Reports on military cantonments and civil stations in the Presidency of Bombay inspected by the Sanitary Commissioner in the years 1875 and 1876
Year: 1875
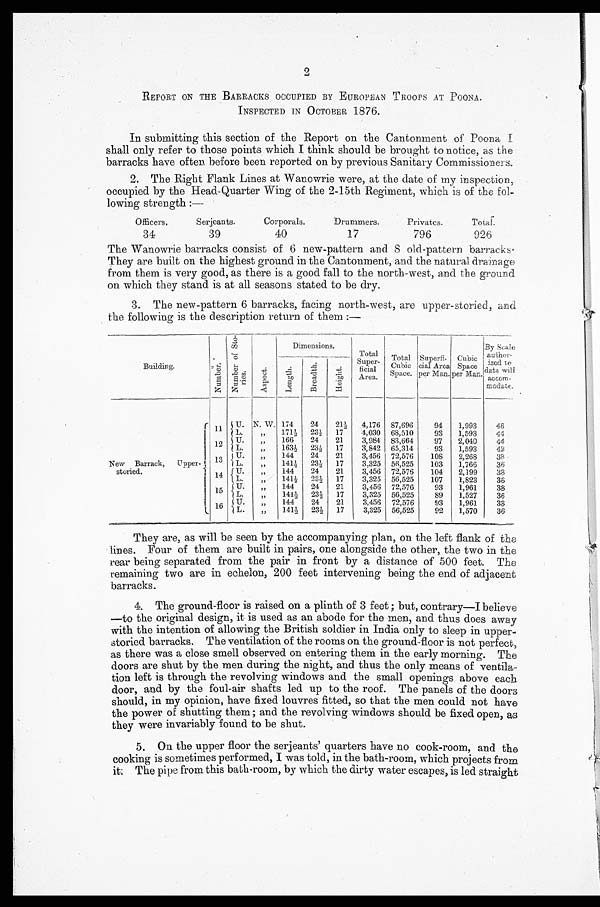
2
REPORT ON THE BARRACKS OCCUPIED BY EUROPEAN TROOPS AT POONA.
INSPECTED IN OCTOBER 1876.
In submitting this section of the Report on the Cantonment of Poona I
shall only refer to those points which I think should be brought to notice, as the
barracks have often before been reported on by previous Sanitary Commissioners.
2. The Right Flank Lines at Wanowrie were, at the date of my inspection,
occupied by the Head-Quarter Wing of the 2-15th Regiment, which is of the fol-
lowing strength:—
Officers,
Serjeants.
Corporals.
Drummers.
Privates.
Total.
34
39
40
17
796
926
The Wanowrie barracks consist of 6 new-pattern and 8 old-pattern barracks.
They are built on the highest ground in the Cantonment, and the natural drainage
from them is very good, as there is a good fall to the north-west, and the ground
on which they stand is at all seasons stated to be dry.
3. The new-pattern 6 barracks, facing north-west, are upper-storied, and
the following is the description return of them:—
Building.
N u m b e r .
N u m b e r o f S t o - r i e s .
A s p e c t .
Dimensions.
Total
super-
ficial
Area.
Total
Cubic
Space.
Superfi-
cial Area
per Man.
Cubic
Space
per Man
By Scale
anther-
ized to
dete will
accorn-
modate.
L e n g t h .
B r e a d t h .
H e i g h t .
New Barrack,
Upper-
storied.
1 1
U. N. W. 174
24
21½
4,176 87,696
94
1,993
4 6
L.
„
171½ 23½
17
4,030 68,510
93
1,593
44
1 2
U.
166
24
21
3 984 83 664
97
2,040
44
L.
1635
23½
17
3,842 65,314
93
1,593
42
1 3 U.
„
144
24
21
3,456 72,576
108
2,268
3 8
L.
, ,
141½ 23½ 17
3,325 56,525
103
1,766
36
14
u
, , 144 24 21
3,456 72,576
104
2,199
3 8
L
, , 141½ 23½ 17
3,325 56,525
107
1,823
36
1 5 U.
„
144
24
21
3,456 72,576
93
1,961
3 8
L.
„
141½ 23½ 17
3,325 56,525
89
1,527
36
16 U.
„
144
24
21
3,456 72,576
93
1,961
3 8
L.
„
141½ 23½ 17
3,325 56,525
92
1,570
36
They are, as will be seen by the accompanying plan, on the left flank of the
lines. Four of them are built in pairs, one alongside the other, the two in t h e
rear being separated from the pair in front by a distance of 500 feet. The
remaining two are in echelon, 200 feet intervening being the end of adjacent
barracks.
4. The ground-floor is raised on a plinth of 3 feet; but, contrary—I believe
— t o t h e o r i g i n a l d e s i g n , i t i s u s e d a s a n a b o d e f o r t h e m e n , a n d t h u s d o e s a w a y
with the intention of allowing the British soldier in India only to sleep in upper-
storied barracks. The ventilation of the rooms on the ground-floor is not perfect,
as there was a close smell observed on entering them in the early morning. The
doors are shut by the men during the night, and thus the only means of ventila-
tion left is through the revolving windows and the small openings above each
door, and by the foul-air shafts led up to the roof. The panels of the doors
should, in my opinion, have fixed louvres fitted, so that the men could not have
the power of shutting them; and the revolving windows should be fixed open, as
they were invariably found to be shut.
5. On the upper floor the serjeants' quarters have no cook-room, and the
cooking is sometimes performed, I was told, in the bath-room, which projects from
it The pipe from this bath-room, by which the dirty water escapes, is led straight